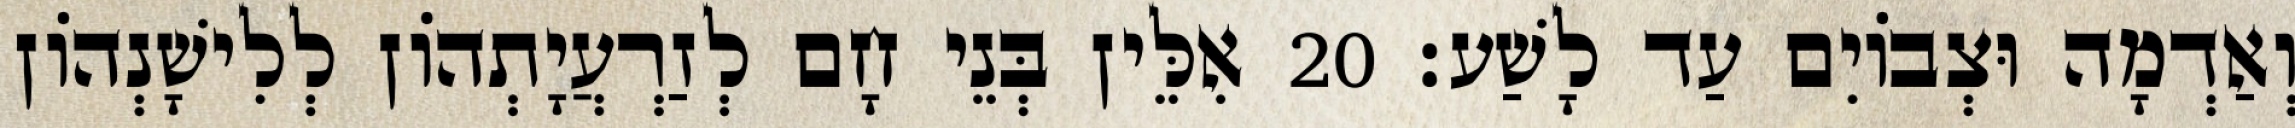
וְאַדְמָה וּצְבוֹיִם עַד לָשַׁע׃ 20 אִלֵּין בְּנֵי חָם לְזַרְעֲיָתְהוֹן לְלִישָׁנְהוֹן